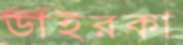
ডাইরকা